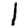
Digit: 1